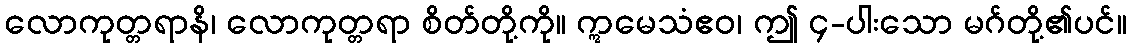
လောကုတ္တရာနိ၊ လောကုတ္တရာ စိတ်တို့ကို။ ဣမေသံဧဝ၊ ဤ ၄-ပါးသော မဂ်တို့၏ပင်။